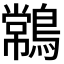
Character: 𪄹